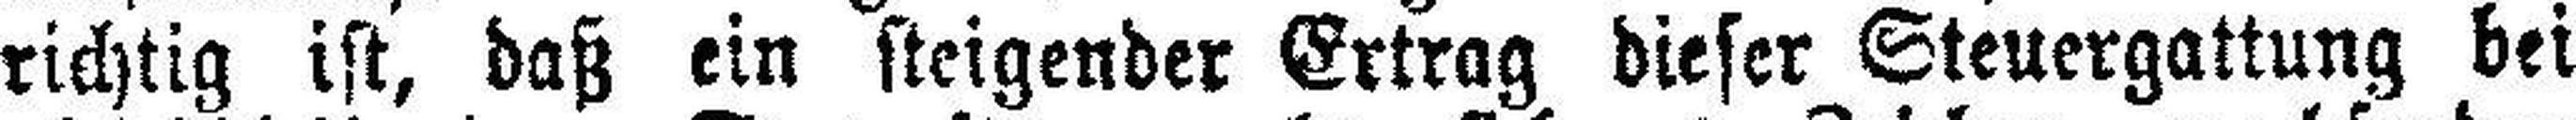
richtig ist, daß ein steigender Ertrag dieser Steuergattung bei